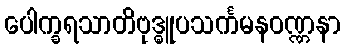
ပေါက္ခရသာတိဗုဒ္ဓူပသင်္ကမနဝဏ္ဏနာ